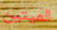
الميتين